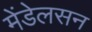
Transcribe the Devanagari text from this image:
मेंडेलसन